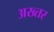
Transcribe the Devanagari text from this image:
अख्‍तर